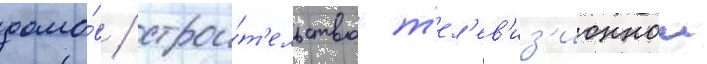
домо́в / строи́т'ельство т'ел'ев'из'ионнои